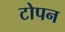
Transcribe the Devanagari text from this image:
टोपन